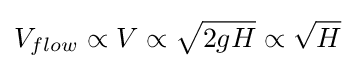
V_{flow}\propto V\propto {\sqrt {2gH}}\propto {\sqrt {H}}